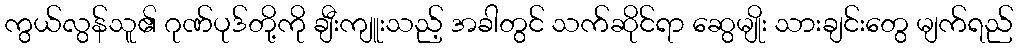
ကွယ်လွန်သူ၏ ဂုဏ်ပုဒ်တို့ကို ချီးကျူးသည့် အခါတွင် သက်ဆိုင်ရာ ဆွေမျိုး သားချင်းတွေ မျက်ရည်